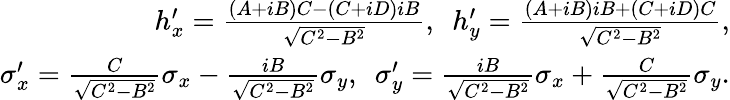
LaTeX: \begin{array}{r}{h_{x}^{\prime}=\frac{(A+iB)C-(C+iD)iB}{\sqrt{C^{2}-B^{2}}},~~h_{y}^{\prime}=\frac{(A+iB)iB+(C+iD)C}{\sqrt{C^{2}-B^{2}}},}\\ {\sigma_{x}^{\prime}=\frac{C}{\sqrt{C^{2}-B^{2}}}\sigma_{x}-\frac{iB}{\sqrt{C^{2}-B^{2}}}\sigma_{y},~~\sigma_{y}^{\prime}=\frac{iB}{\sqrt{C^{2}-B^{2}}}\sigma_{x}+\frac{C}{\sqrt{C^{2}-B^{2}}}\sigma_{y}.}\end{array}